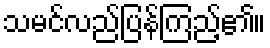
သမင်လည်ပြန်ကြည့်၏။